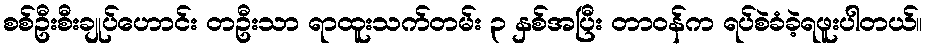
စစ်ဦးစီးချုပ်ဟောင်း တဦးသာ ရာထူးသက်တမ်း ၃ နှစ်အပြီး တာဝန်က ရပ်စဲခံခဲ့ရဖူးပါတယ်။